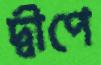
দ্বীপে